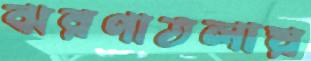
ঝরণাতলায়